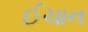
ઈચાન